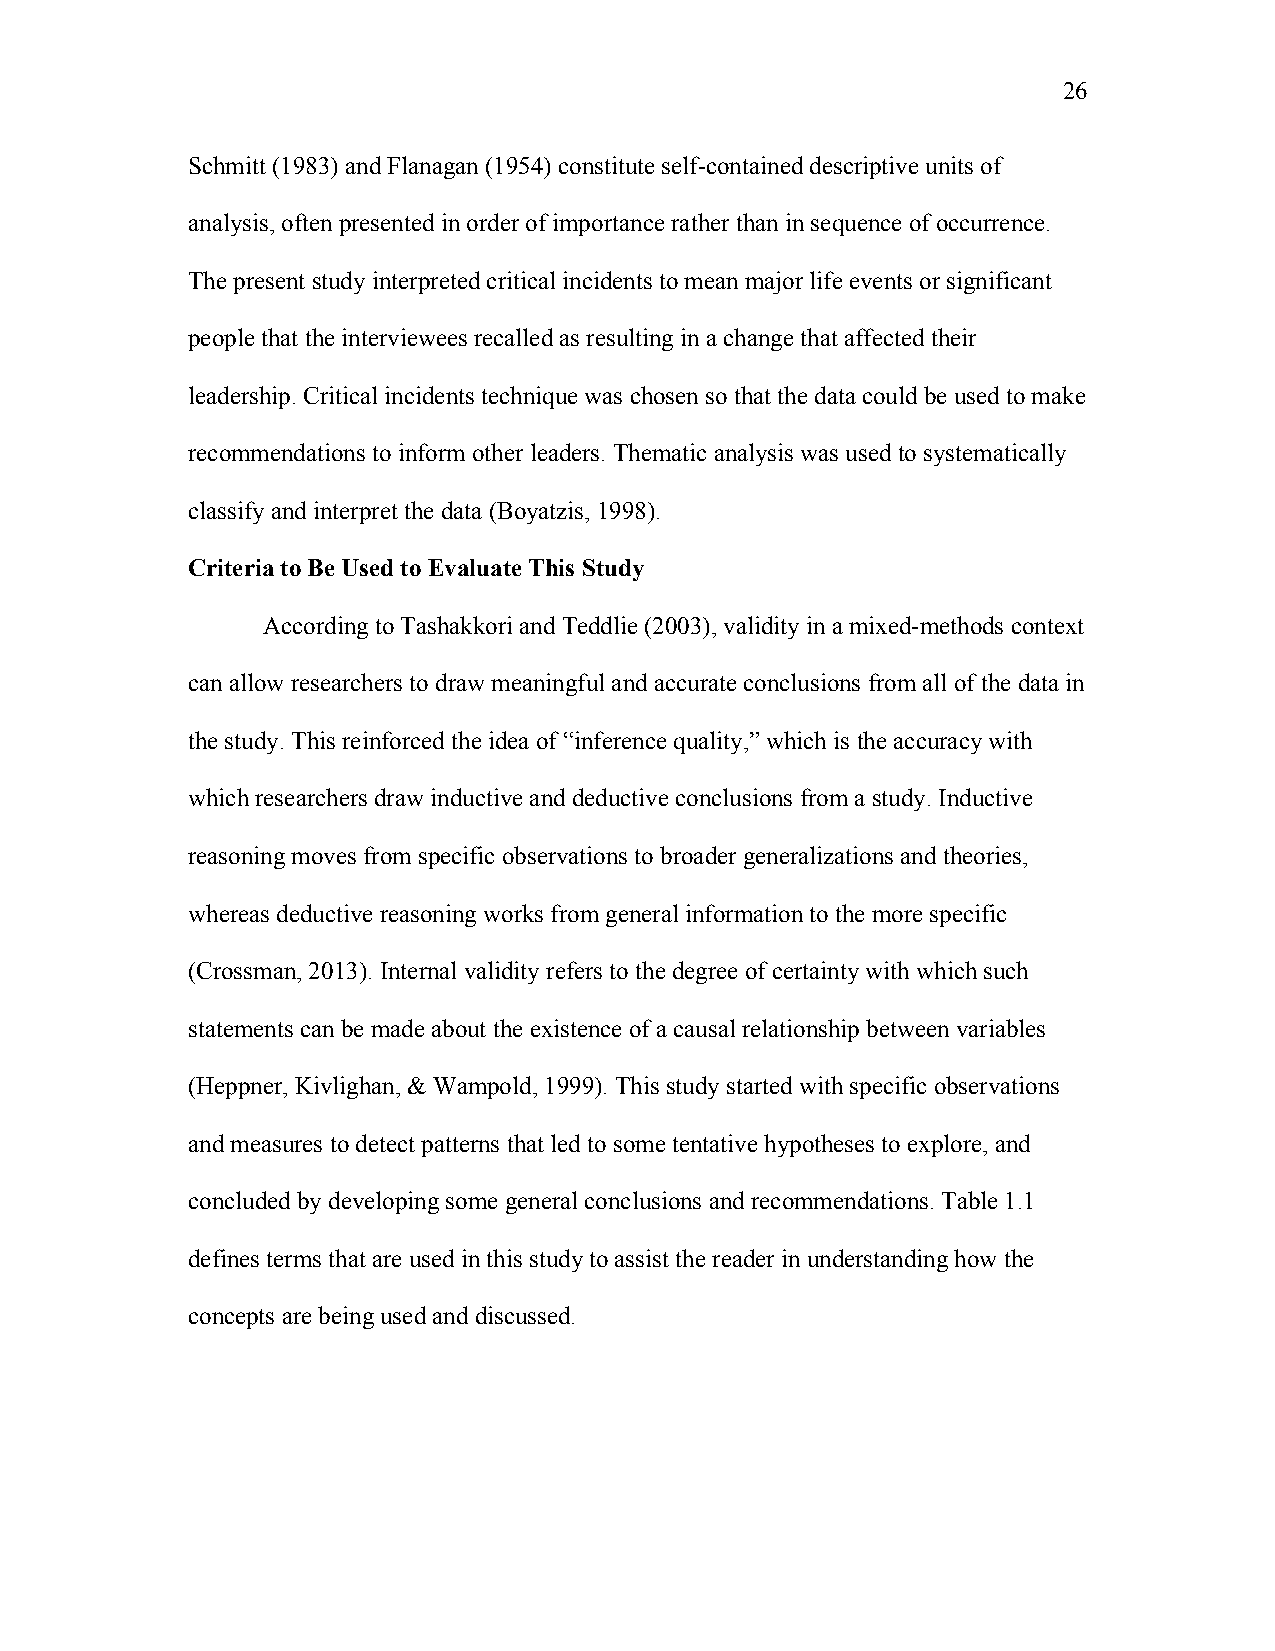
26
 Schmitt (1983) and Flanagan (1954) constitute self-contained descriptive units of
 analysis, often presented in order of importance rather than in sequence of occurrence.
 The present study interpreted critical incidents to mean major life events or significant
 people that the interviewees recalled as resulting in a change that affected their
 leadership. Critical incidents technique was chosen so that the data could be used to make
 recommendations to inform other leaders. Thematic analysis was used to systematically
 classify and interpret the data (Boyatzis, 1998).
 Criteria to Be Used to Evaluate This Study
 According to Tashakkori and Teddlie (2003), validity in a mixed-methods context
 can allow researchers to draw meaningful and accurate conclusions from all of the data in
 the study. This reinforced the idea of “inference quality,” which is the accuracy with
 which researchers draw inductive and deductive conclusions from a study. Inductive
 reasoning moves from specific observations to broader generalizations and theories,
 whereas deductive reasoning works from general information to the more specific
 (Crossman, 2013). Internal validity refers to the degree of certainty with which such
 statements can be made about the existence of a causal relationship between variables
 (Heppner, Kivlighan, & Wampold, 1999). This study started with specific observations
 and measures to detect patterns that led to some tentative hypotheses to explore, and
 concluded by developing some general conclusions and recommendations. Table 1.1
 defines terms that are used in this study to assist the reader in understanding how the
 concepts are being used and discussed.